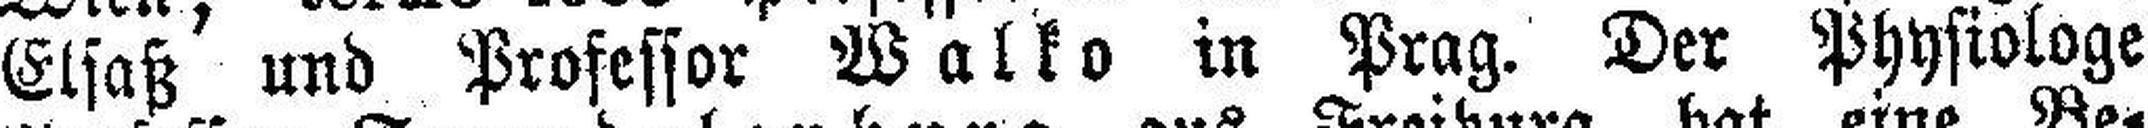
Elsaß und Professor Walko in Prag. Der Physiologe